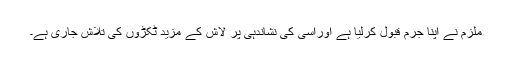
ملزم نے اپنا جرم قبول کرلیا ہے اوراسی کی نشاندہی پر لاش کے مزید ٹکڑوں کی تلاش جاری ہے۔